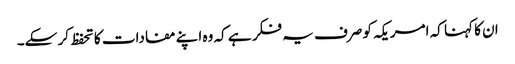
ان کا کہنا کہ امریکہ کو صرف یہ فکر ہے کہ وہ اپنے مفادات کا تحفظ کر سکے۔